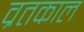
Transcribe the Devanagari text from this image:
व्रतकाल